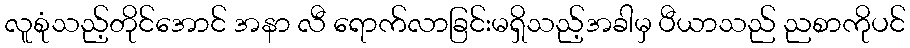
လူစုံသည့်တိုင်အောင် အနာ လီ ရောက်လာခြင်းမရှိသည့်အခါမှ ပီယာသည် ညစာကိုပင်